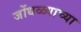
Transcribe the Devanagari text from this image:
जोंधळ्याच्या